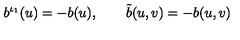
b ^ { \iota _ { 1 } } ( u ) = - b ( u ) , \qquad \tilde { b } ( u , v ) = - b ( u , v )